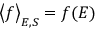
\big < f \big > _ { E , S } = f ( E )